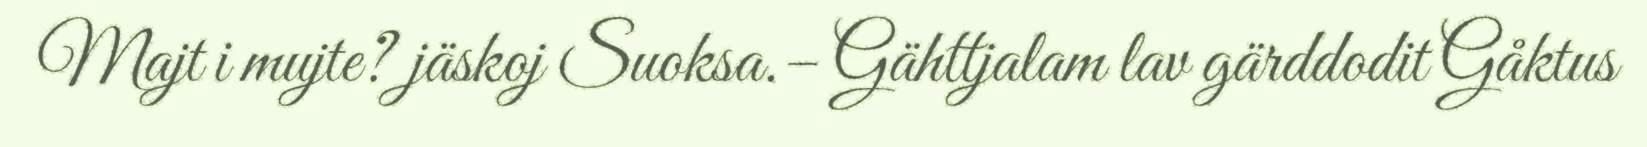
Majt i mujte? jäskoj Suoksa.– Gähttjalam lav gärddodit Gåktus